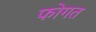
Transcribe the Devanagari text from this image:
फोगत